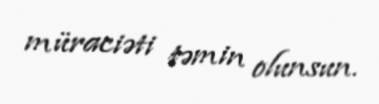
müraciəti təmin olunsun.